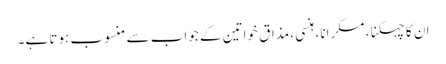
ان کا چہکنا ، مسکرانا ، ہنسی ، مذاق خواتین کے جواب سے منسوب ہوتا ہے۔